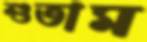
শুতাম